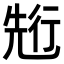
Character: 𠒣